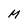
Character: M